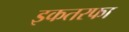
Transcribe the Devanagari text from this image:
इकतरफा